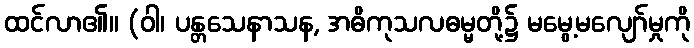
ထင်လာ၏။ (ဝါ၊ ပန္တသေနာသန, အဓိကုသလဓမ္မတို့၌ မမွေ့မလျော်မှုကို